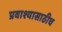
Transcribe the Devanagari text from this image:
प्रवाश्यासाठीच